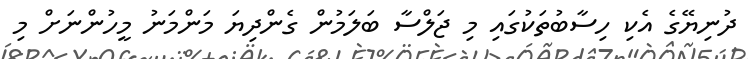
ދުނިޔޭގެ އެކި ހިސާބުތަކުގައި މި ޖަލްސާ ބަލަމުން ގެންދިޔަ މަންމަނު މީހުންނަށް މި